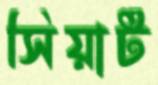
সিয়াট